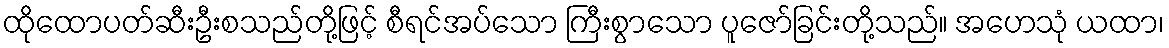
ထိုထောပတ်ဆီးဦးစသည်တို့ဖြင့် စီရင်အပ်သော ကြီးစွာသော ပူဇော်ခြင်းတို့သည်။ အဟေသုံ ယထာ၊